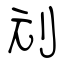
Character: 刓